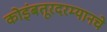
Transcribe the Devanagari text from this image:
कोइंबतूरदरम्यानचे